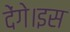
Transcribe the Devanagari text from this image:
देंगे।इस